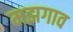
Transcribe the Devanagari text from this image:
मझगाव